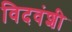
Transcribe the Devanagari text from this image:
विदवंशी